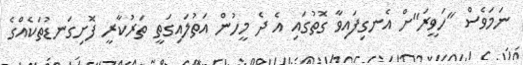
ނަމަވެސް "ހަވީރަ"ށް އެނގިފައިވާ ގޮތުގައި އެ ދެ މީހުން އަތުލައިގަތީ ތަރުކާރީ ފޮށިގަނޑުތަކެއްގެ